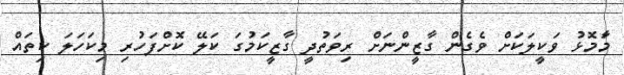
މަާމޮޅު ވަކީލަކަށް ވެގެން ގާޒީންނަށް ރިވަތުދީ ގާޒީކަމުގަ ކަލޭ ކޮށްފަހުރި މިކަހަލަ ކިތައް